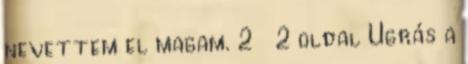
nevettem el magam. 2 2 oldal Ugrás a